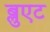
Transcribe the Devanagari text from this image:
ब्लुएट